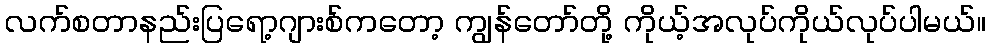
လက်စတာနည်းပြရော့ဂျားစ်ကတော့ ကျွန်တော်တို့ ကိုယ့်အလုပ်ကိုယ်လုပ်ပါမယ်။